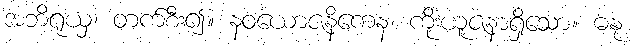
အဘိရုယှ၊ တက်စီး၍။ နဝယောဇနိကေန၊ ကိုးယူဇနာရှိသော။ ဓနု